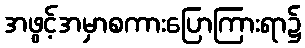
အဖွင့်အမှာစကားပြောကြားရာ၌